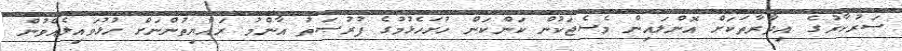
ސަރުކާރުގެ އިދާރާތަކަށް އޮންލައިން މެސެޖަކުން ކަންކަން ހުށަހެޅުމުގެ ފުރުޞަތު އާންމު ރައްޔިތުންނަށް ހުޅުވައިލެއްވުން